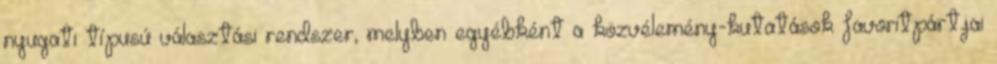
nyugati típusú választási rendszer, melyben egyébként a közvélemény-kutatások favoritpártjai